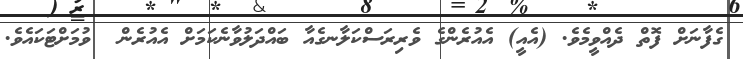
ގެފާނަށް ފޮތް ދެއްވީމެވެ. (އެއީ) އެއުރެންގެ ވެރިރަސްކަލާނގެއާ ބައްދަލުވާނެކަމަށް އެއުރެން  ވުމަށްޓަކައެވެ.